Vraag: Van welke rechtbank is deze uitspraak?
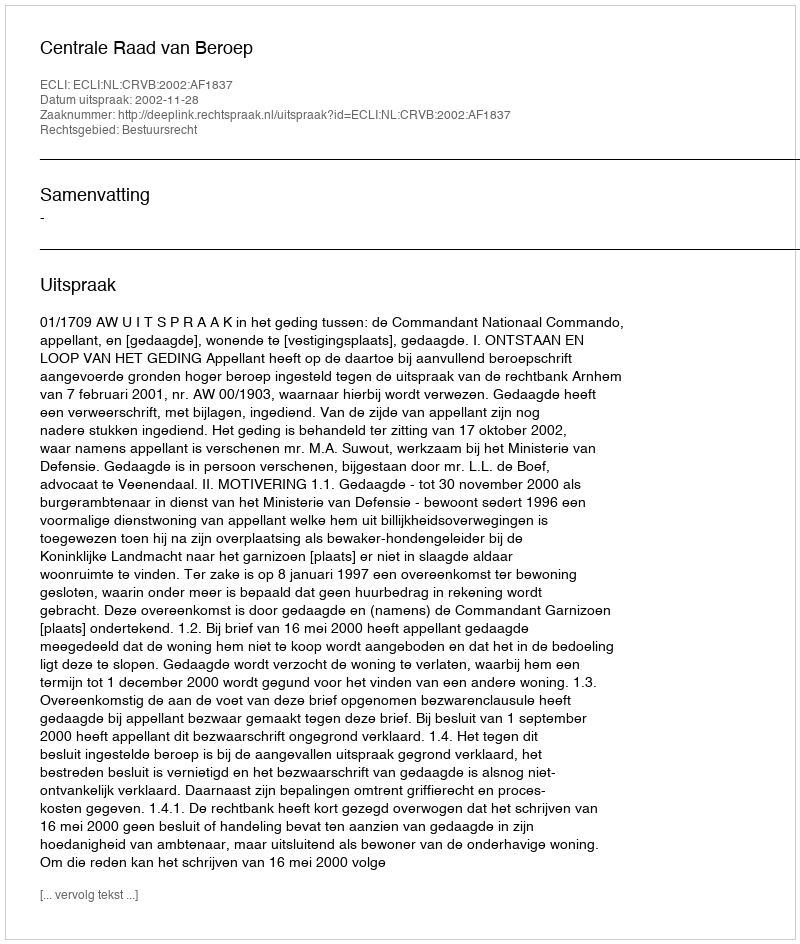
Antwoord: Centrale Raad van Beroep